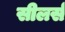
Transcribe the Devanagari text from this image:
सीलर्स